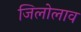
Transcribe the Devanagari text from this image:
जिलोलाव